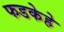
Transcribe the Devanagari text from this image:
फडकेहे